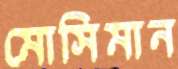
মোসিমান